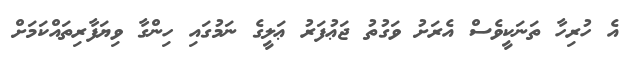
އެ ހުރިހާ ތަނަކީވެސް އެރަށު ވަގުތު ޖަޢުފަރު ޢަލީގެ ނަމުގައި ހިންގާ ވިޔަފާރިތައްކަމަށް